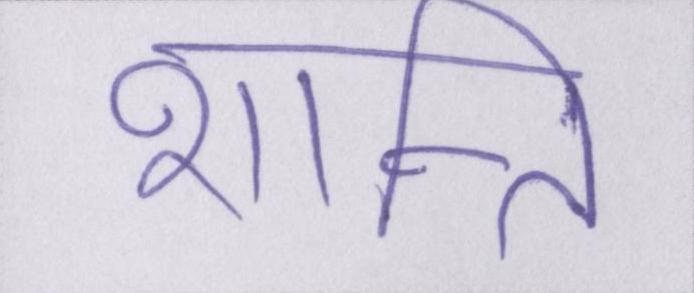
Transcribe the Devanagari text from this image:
शान्ति